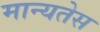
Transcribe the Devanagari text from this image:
मान्यतेस